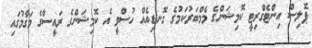
ޕޮލިސް އިންޓެގްރިޓީ ކޮމިޝަންގެ މެމްބަރުކަމުގެ ގޮނޑިއެއް ހުސްވީ އެ ކޮމިޝަންގެ ރައީސްގެ މަގާމުގައި